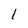
Character: 1